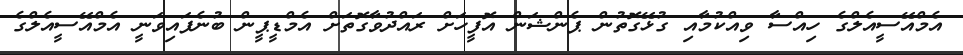
އެމްއޭސީއެލްގެ ހިއްސާ ވިއްކުމާއި ގުޅޭގޮތުން ޕެންޝަން އޮފީހަށް ރައްދުވާގޮތަށް އެމްޑީޕީން ބުނެފައިވަނީ އެމްއޭސީއެލްގެ